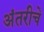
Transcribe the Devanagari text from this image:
अंतरीचे